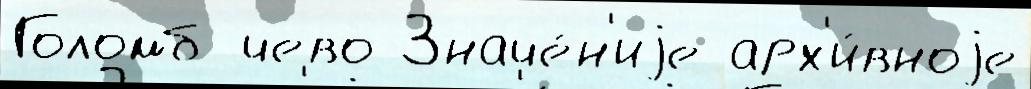
Голомб чево Значе́н'иjе арх'и́вноjе